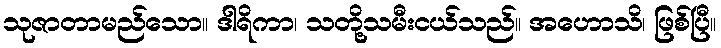
သုဇာတာမည်သော။ ဒါရိကာ၊ သတို့သမီးငယ်သည်။ အဟောသိ၊ ဖြစ်ပြီ။